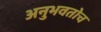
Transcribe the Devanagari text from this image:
अनुभवतोच